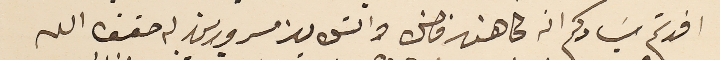
افدتم سَيادكم انه كاهن فاضل والتلاميذ مسرورين له حقق الله